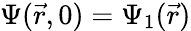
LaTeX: \Psi(\vec{r},0)=\Psi_{1}(\vec{r})